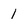
Character: 1